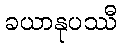
ခယာနုပဿီ